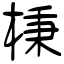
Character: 棅